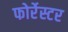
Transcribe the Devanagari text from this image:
फोर्रेस्टर